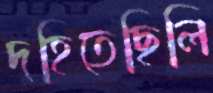
দহিতেছিলি